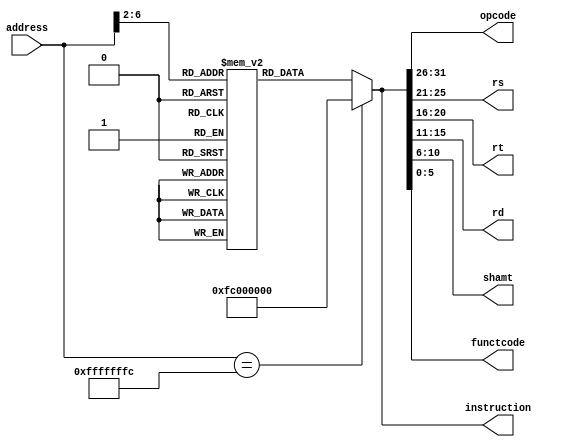
`timescale 1ns / 1ps
module VEDA_I (input [31:0] address, 
               output reg [31:0] instruction, 
               output reg [5:0] opcode, 
               output reg [4:0] rs, 
               output reg [4:0] rt, 
               output reg [4:0] rd, 
               output reg [4:0] shamt, 
               output reg [5:0] functcode
);

  parameter MEM_HEIGHT = 32;

  reg [31:0] instruction_mem[0:MEM_HEIGHT - 1];  // instruction memory

  integer i;
  initial begin
    for (i = 0; i < MEM_HEIGHT; i = i + 1) begin
      instruction_mem[i] = 32'b11111100000000000000000000000000;
    end

    instruction_mem[0] = 32'b001000_10001_10001_0000000000001001; //addi $s1, $s1, 9 (10 is the size of the array)
    instruction_mem[1] = 32'b001000_00000_01000_0000000000000000; //addi $t0, $zero, 0 ($t0 is i)
    //outer loop begins here 
    instruction_mem[2] = 32'b001000_00000_01001_0000000000000000; //addi $t1, $zero, 0 ($t1 is j)
    instruction_mem[3] = 32'b001000_10000_10010_0000000000000000; //addi $s2, $s0, 0  (s2 is the address of the array)
    instruction_mem[4] = 32'b000000_10001_01000_10111_00000_100010; //sub $s7, $s1, $t0 (s7 = n - 1 - i)
    instruction_mem[5] = 32'b100011_10010_01010_0000000000000000; //lw $t2, 0($s2) (store arr[j] in t2)
    instruction_mem[6] = 32'b100011_10010_01011_0000000000000001; //lw $t3, 1($s2) (store arr[j + 1] in t3)
    instruction_mem[7] = 32'b000000_01011_01010_01100_00000_101010; //slt $t4, $t2, $t3 (if arr[j] < arr[j + 1] then t4 = 1)
    instruction_mem[8] = 32'b000100_01100_00000_0000000000000010; //beq $t4, $zero, outer_loop, if not equal then swap
    //swap begins here
    instruction_mem[9] = 32'b101011_10010_01010_0000000000000001; //sw $t2, 1($s2)
    instruction_mem[10] = 32'b101011_10010_01011_0000000000000000; //sw $t3, 0($s2)
    //swap ends here
    instruction_mem[11] = 32'b001000_10010_10010_0000000000000001; //addi $s2, $s2, 1 (s2 = s2 + 1)
    instruction_mem[12] = 32'b001000_01001_01001_0000000000000001; //addi $t1, $t1, 1 (j = j + 1)
    instruction_mem[13] = 32'b000101_01001_10111_1111111111110111; //bne $t1, $s7, outer_loop (if j != n - 1 - i then go to outer_loop)
    instruction_mem[14] = 32'b001000_01000_01000_0000000000000001; //addi $t0, $t0, 1 (i = i + 1)
    instruction_mem[15] = 32'b000101_01000_10001_1111111111110010; //bne $t0, $s7, outer_loop (if i != n - 1 then go to outer_loop)
    //outer loop ends here

    instruction = 32'b11111100000000000000000000000000;
  end

  always @(address) begin
    if(address == -4) begin
     instruction = 32'b11111100000000000000000000000000;
    end
    else begin
     instruction = instruction_mem[address>>2];
    end
    
    opcode = instruction[31:26];
    rs = instruction[25:21];
    rt = instruction[20:16];
    rd = instruction[15:11];
    shamt = instruction[10:6];
    functcode = instruction[5:0];
  end

endmodule